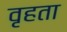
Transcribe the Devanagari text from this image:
वृहता